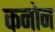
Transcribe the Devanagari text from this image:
कनोन